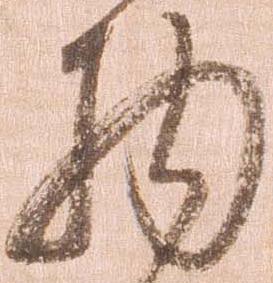
物